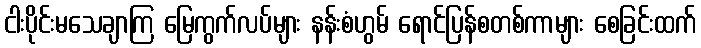
ငါးပိုင်းမသေချာကြ မြေကွက်လပ်များ နန်းစံဟွမ် ရောင်ပြန်စတစ်ကာများ စေခြင်းထက်